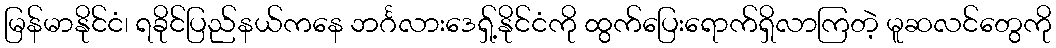
မြန်မာနိုင်ငံ၊ ရခိုင်ပြည်နယ်ကနေ ဘင်္ဂလားဒေရှ့်နိုင်ငံကို ထွက်ပြေးရောက်ရှိလာကြတဲ့ မူဆလင်တွေကို